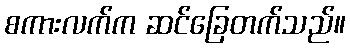
စကားလက်က ဆင်ခြေတက်သည်။